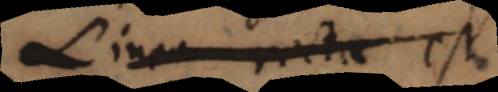
Linea recta est,